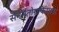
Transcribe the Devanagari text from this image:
सेनेमैतोग्रफियास